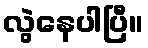
လွဲနေပါပြီ။